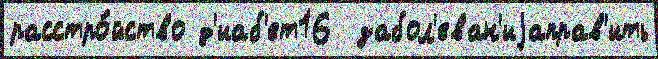
расстро́йство д'иаб'ет16  забол'еван'иjаправ'ить